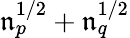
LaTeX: \mathfrak{n}_{p}^{1/2}+\mathfrak{n}_{q}^{1/2}